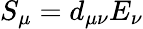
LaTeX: S_{\mu}=d_{\mu\nu}E_{\nu}